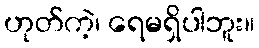
ဟုတ်ကဲ့၊ ရေမရှိပါဘူး။